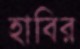
হাবির